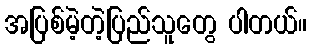
အပြစ်မဲ့တဲ့ပြည်သူတွေ ပါတယ်။